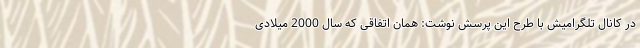
در کانال تلگرامیش با طرح این پرسش نوشت: همان اتفاقی که سال 2000 میلادی